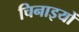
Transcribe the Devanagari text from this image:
चिनाइयों